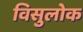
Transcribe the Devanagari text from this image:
विसुलोक